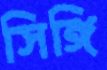
সিঙ্গি